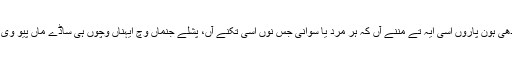
پچھمی بودھی ہون پاروں اسی ایہ تے مننے آں کہ ہر مرد یا سوانی جس نوں اسی تکنے آں، پشلے جنماں وچ ایہناں وچوں ہی ساڈے ماں پیو وی ہوون دے۔